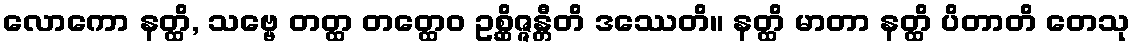
လောကော နတ္ထိ, သဗ္ဗေ တတ္ထ တတ္ထေဝ ဥစ္ဆိဇ္ဇန္တီတိ ဒဿေတိ။ နတ္ထိ မာတာ နတ္ထိ ပိတာတိ တေသု